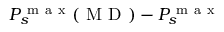
P _ { s } ^ { \mathrm { ~ m ~ a ~ x ~ } } ( \mathrm { ~ M ~ D ~ } ) - P _ { s } ^ { \mathrm { ~ m ~ a ~ x ~ } }